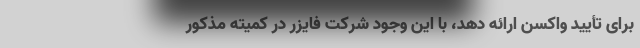
برای تأیید واکسن ارائه دهد، با این وجود شرکت فایزر در کمیته مذکور